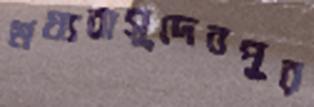
মধ্যবাসুদেবপুর